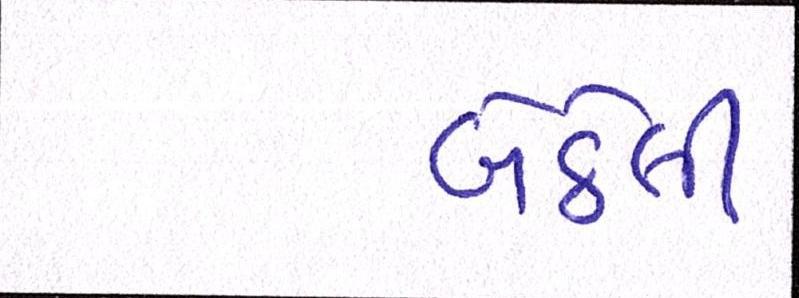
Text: બેઠેલી